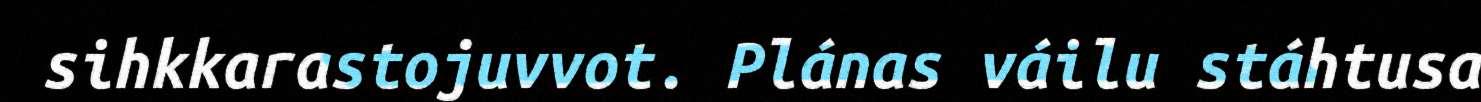
sihkkarastojuvvot. Plánas váilu stáhtusa